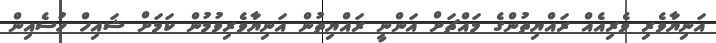
އަނިޔާވެރި ވެރިއެއް ރައްޔިތުންގެ މައްޗަށް އަންނީ ރައްޔިތުން އަނިޔާވެރިވުމުން ކަމަށް ޝައިހް ހުސެއިން